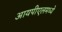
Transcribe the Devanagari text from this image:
आयपीएलमध्ये